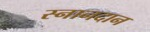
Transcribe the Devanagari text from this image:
स्नानदान